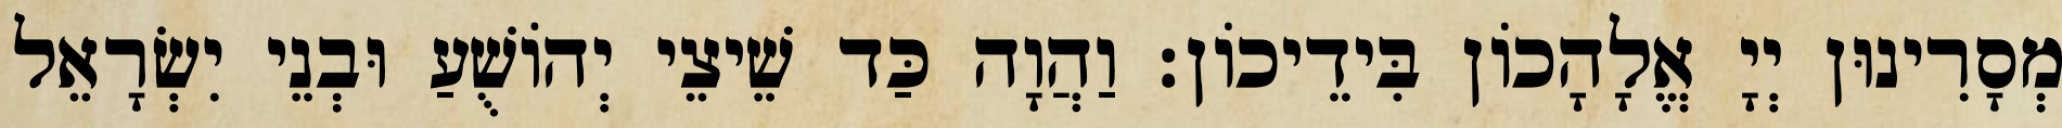
מְסָרִינוּן יְיָ אֱלָהָכוֹן בִּידֵיכוֹן׃ וַהֲוָה כַּד שֵׁיצֵי יְהוֹשֻׁעַ וּבְנֵי יִשְׂרָאֵל